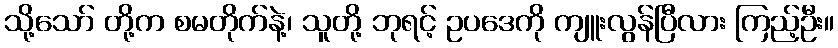
သို့သော် တို့က စမတိုက်နဲ့၊ သူတို့ ဘုရင့် ဥပဒေကို ကျူးလွန်ပြီလား ကြည့်ဦး။